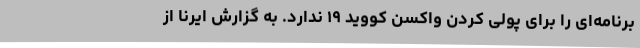
برنامه‌ای را برای پولی کردن واکسن کووید ۱۹ ندارد. به گزارش ایرنا از